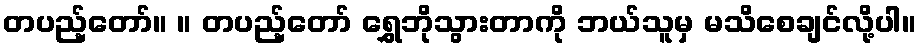
တပည့်တော်။ ။ တပည့်တော် ရွှေဘိုသွားတာကို ဘယ်သူမှ မသိစေချင်လို့ပါ။